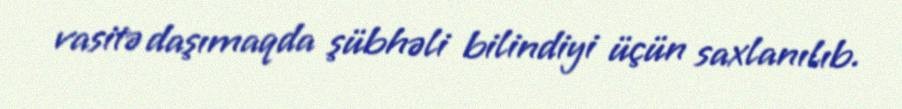
vasitə daşımaqda şübhəli bilindiyi üçün saxlanılıb.